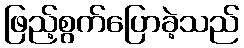
ဖြည့်စွက်ပြောခဲ့သည်